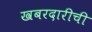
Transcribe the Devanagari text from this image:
खबरदारीची